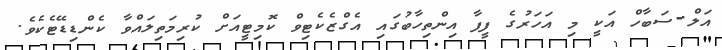
އަލް-ސަބާހް އަކީ މި އަހަރުގެ ފީފާ އިންތިހާބުގައި އެގްޒެކެޓިވް ކޮމިޓީއަށް ކުރިމަތިލައްވާ ކެންޑިޑޭޓެކެވެ.